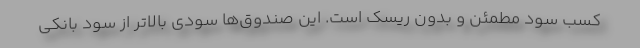
کسب سود مطمئن و بدون ریسک است. این صندوق‌ها سودی بالاتر از سود بانکی